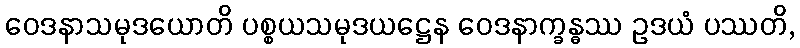
ဝေဒနာသမုဒယောတိ ပစ္စယသမုဒယဋ္ဌေန ဝေဒနာက္ခန္ဓဿ ဥဒယံ ပဿတိ,